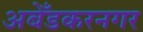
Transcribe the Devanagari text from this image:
अबेँडकरनगर